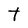
Character: t